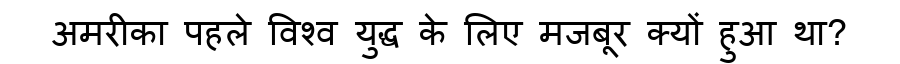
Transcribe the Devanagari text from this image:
अमरीका पहले विश्व युद्ध के लिए मजबूर क्यों हुआ था?